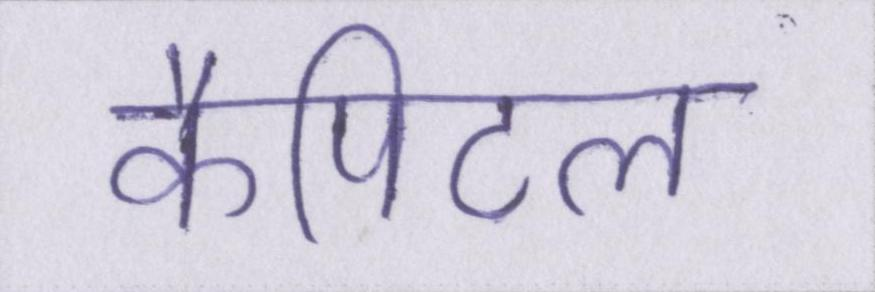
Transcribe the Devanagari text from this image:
कैपिटल